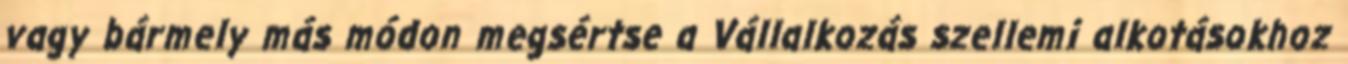
vagy bármely más módon megsértse a Vállalkozás szellemi alkotásokhoz